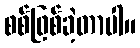
စစ်ဖြစ်ခဲ့တာပါ။